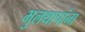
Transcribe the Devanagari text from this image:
भुलथापांना